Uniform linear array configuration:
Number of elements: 64
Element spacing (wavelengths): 1
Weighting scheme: blackman
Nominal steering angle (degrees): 60
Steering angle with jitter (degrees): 60.024
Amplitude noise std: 0.05
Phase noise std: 0.05

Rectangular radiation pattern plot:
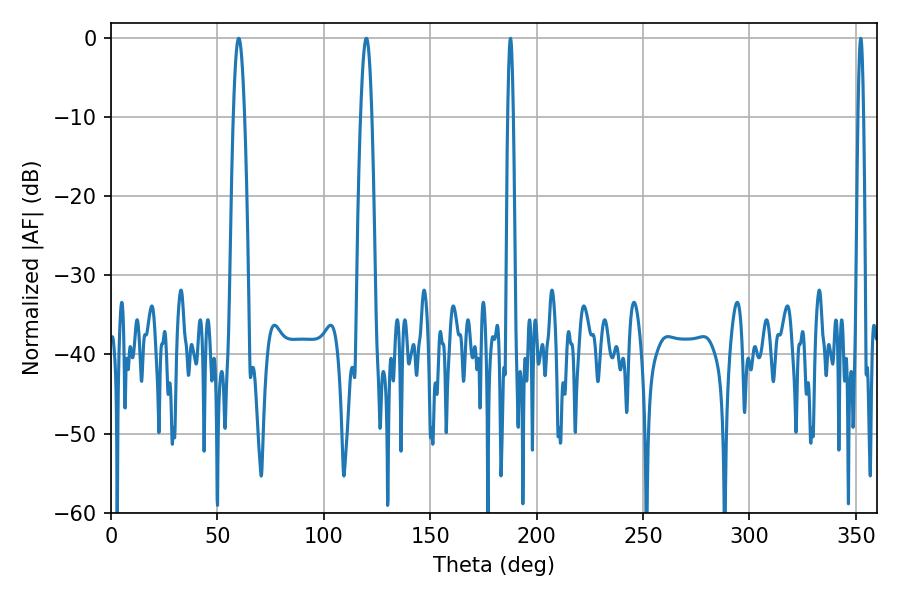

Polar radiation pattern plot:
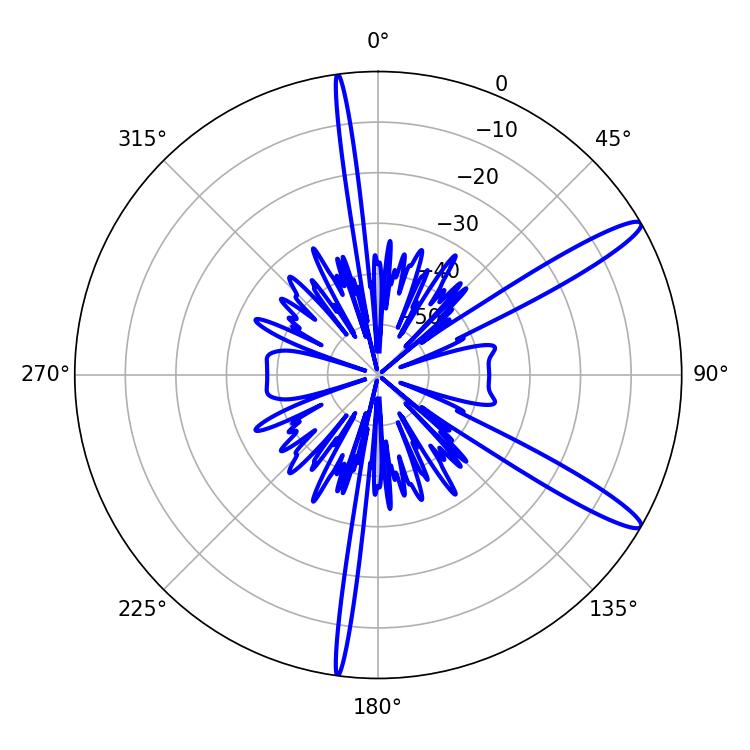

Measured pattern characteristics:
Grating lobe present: TRUE
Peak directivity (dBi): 13.539
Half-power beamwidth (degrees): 2.7
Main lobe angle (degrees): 59.94